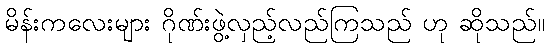
မိန်းကလေးများ ဂိုဏ်းဖွဲ့လှည့်လည်ကြသည် ဟု ဆိုသည်။